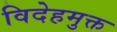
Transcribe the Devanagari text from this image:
विदेहमुक्त